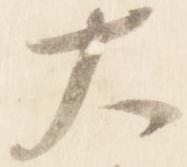
大